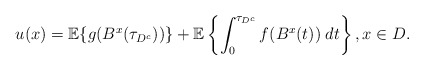
\begin{align*} u(x)=\mathbb{E}\{g(B^x(\tau_{D^c}))\}+\mathbb{E}\left\{\int_0^{\tau_{D^c}}f(B^x(t))\;dt\right\}, x\in D. \end{align*}